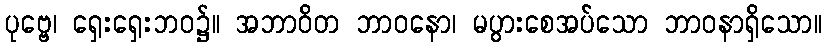
ပုဗ္ဗေ၊ ရှေးရှေးဘဝ၌။ အဘာဝိတ ဘာဝနော၊ မပွားစေအပ်သော ဘာဝနာရှိသော။